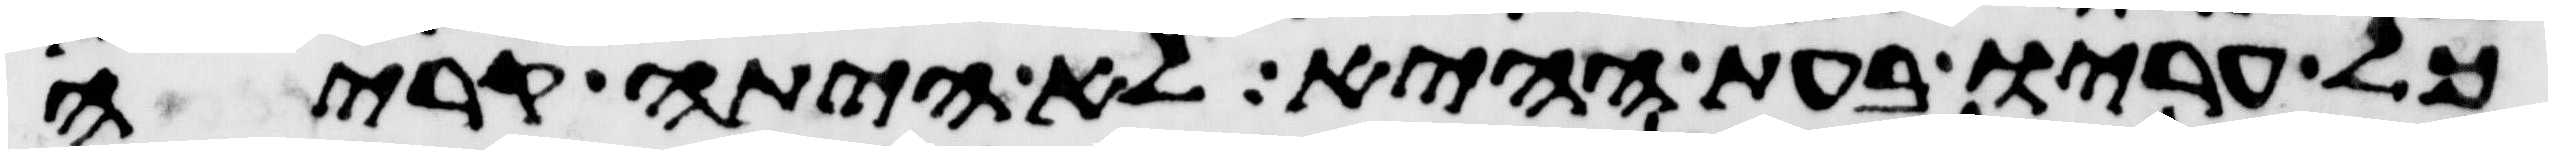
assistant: כל עריו בעת ההיא לא היתה קריה